system: You are a helpful assistant.
user:
Analyze the provided spectrum to determine if it is a **M-type Giant (gM)**.

A M-type Giant spectrum is defined by its **strong molecular absorption** features, particularly from **Titanium Oxide (TiO)**. You must check for one of the following mutually exclusive signatures:

- **Key Visual Indicators (Absorption-Dominated Spectrum):**

    - **(Primary):** The spectrum is dominated by strong molecular absorption from **Titanium Oxide (TiO)**. This is the **defining feature** of its M-type temperature class.
        - **(Key Bandheads):** Look for sharp, "saw-tooth" absorption valleys. The strongest are located near **~7050 Å**, **~6160 Å**, and **~5170 Å**.
        - **(Line Profile):** The "saw-tooth" morphology is critical: a **sharp, steep drop on the BLUE (short-wavelength) side** of the bandhead, followed by a gradual recovery (rising flux) towards the RED (long-wavelength) side.

    - **(Key Confirmation - Giant vs. Dwarf):** **ABSENCE** of strong **Calcium Hydride (CaH)** molecular bands. This is the primary diagnostic for *excluding* M-dwarfs.
        - **(Key Region):** The spectrum should lack the strong, broad absorption band seen in dwarfs between **~6800 Å and ~7000 Å**.

    - **(Secondary Confirmation - Giant):** A very strong and broad **Neutral Calcium (Ca I)** atomic absorption line.
        - **(Key Line):** Located at **~4226 Å**. In a giant (gM), this line is significantly deeper and broader than the same line in an M-dwarf (dM) due to low surface gravity.

    - **(Overall Spectrum):**
        - The continuum is **extremely red-sloping** (i.e., flux is very low in the blue and rises dramatically towards the red).
        - The entire spectrum appears "chopped up" by the deep TiO bands.

Think first, call **spectral_visualization_tool** if needed to examine features in detail, then provide your final answer. Your response must adhere to the following strict rules:
1.  **Overall Structure:** Your response must follow the format `<think>...</think> <tool_call>...</tool_call> (if a tool is used) <answer>...</answer>`.
2.  **Tool Usage Constraint:** You may only make **one** tool call per turn.
3.  **Final Answer Format:** In the `<answer>` tag, your conclusion must be inside a `\boxed{}` command (e.g., `\boxed{YES}` or `\boxed{NO}`), followed by your justification.

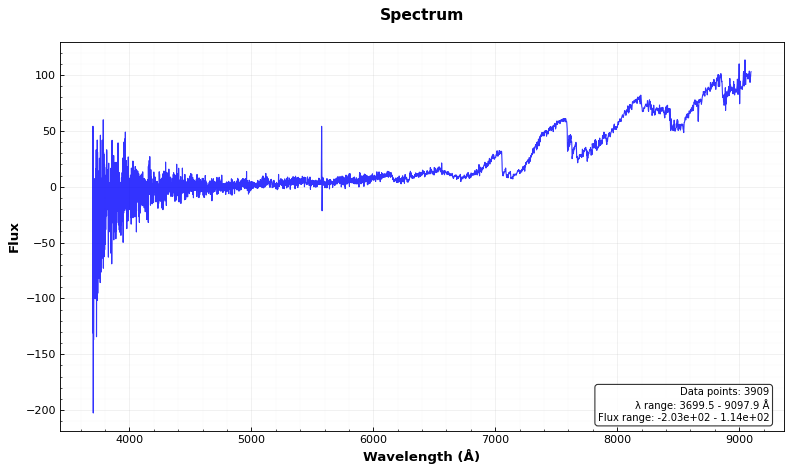
Answer: YES